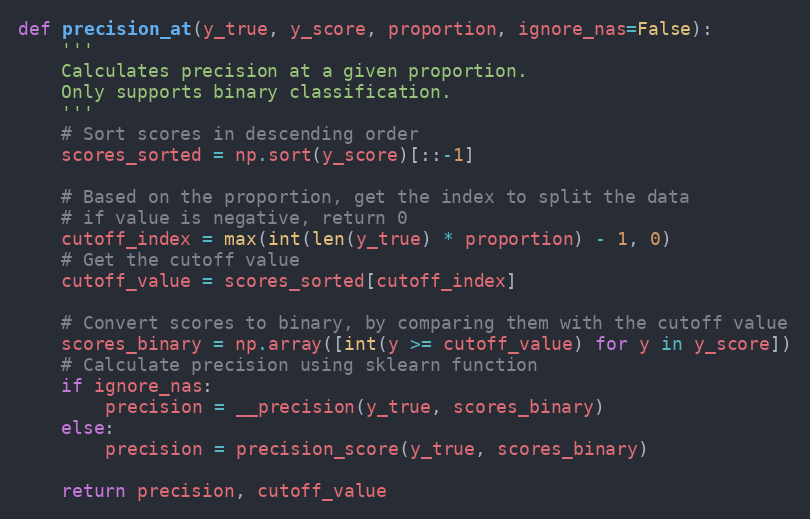
Language: Python
def precision_at(y_true, y_score, proportion, ignore_nas=False):
    '''
    Calculates precision at a given proportion.
    Only supports binary classification.
    '''
    # Sort scores in descending order
    scores_sorted = np.sort(y_score)[::-1]

    # Based on the proportion, get the index to split the data
    # if value is negative, return 0
    cutoff_index = max(int(len(y_true) * proportion) - 1, 0)
    # Get the cutoff value
    cutoff_value = scores_sorted[cutoff_index]

    # Convert scores to binary, by comparing them with the cutoff value
    scores_binary = np.array([int(y >= cutoff_value) for y in y_score])
    # Calculate precision using sklearn function
    if ignore_nas:
        precision = __precision(y_true, scores_binary)
    else:
        precision = precision_score(y_true, scores_binary)

    return precision, cutoff_value